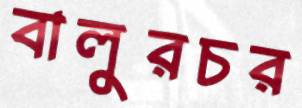
বালুরচর